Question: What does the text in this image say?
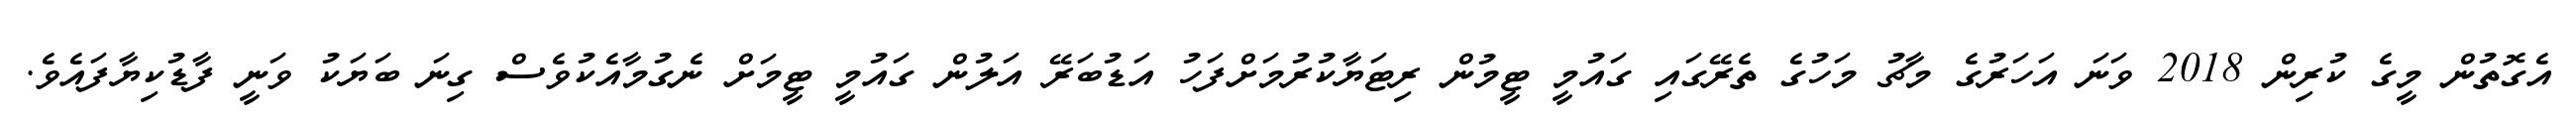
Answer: އެގޮތުން މީގެ ކުރިން 2018 ވަނަ އަހަރުގެ މާޗު މަހުގެ ތެރޭގައި ގައުމީ ޓީމުން ރިޓަޔާކުރުމަށްފަހު އަޑުބަރޭ އަލުން ގައުމީ ޓީމަށް ނެގުމާއެކުވެސް ގިނަ ބަޔަކު ވަނީ ފާޑުކިޔާފައެވެ.